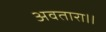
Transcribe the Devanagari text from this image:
अवतारा।।